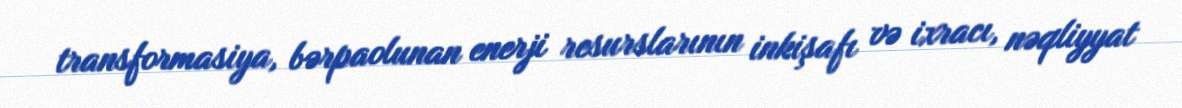
transformasiya, bərpaolunan enerji resurslarının inkişafı və ixracı, nəqliyyat